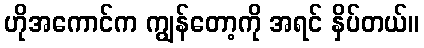
ဟိုအကောင်က ကျွန်တော့ကို အရင် နှိပ်တယ်။